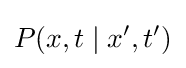
P(x,t\mid x',t')